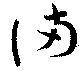
滿